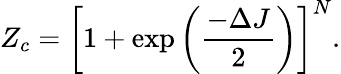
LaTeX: Z_{c}={\left[1+\exp\left(\frac{-\Delta J}{2}\right)\right]}^{N}.